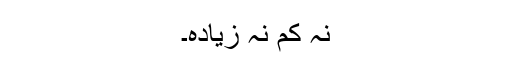
نہ کم نہ زیادہ۔